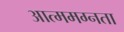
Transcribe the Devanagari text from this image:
आत्ममग्नता